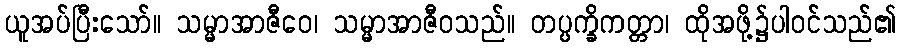
ယူအပ်ပြီးသော်။ သမ္မာအာဇီဝေ၊ သမ္မာအာဇီဝသည်။ တပ္ပက္ခိကတ္တာ၊ ထိုအဖို့၌ပါဝင်သည်၏